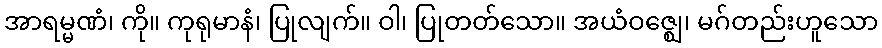
အာရမ္မဏံ၊ ကို။ ကုရုမာနံ၊ ပြုလျက်။ ဝါ၊ ပြုတတ်သော။ အယံဝဇ္ဈေ၊ မဂ်တည်းဟူသော